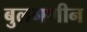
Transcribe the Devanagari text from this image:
बुलगणीन